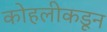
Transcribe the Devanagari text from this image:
कोहलीकडून